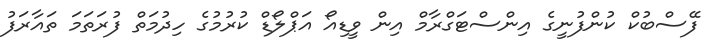
ފޭސްބުކް ކުންފުނީގެ އިންސްޓަގްރާމް އިން ވީޑިއޯ އަޕްލޯޑް ކުރުމުގެ ހިދުމަތް ފުރަތަމަ ތައާރަފު